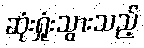
ဆုံးရှုံးသွားသည့်